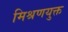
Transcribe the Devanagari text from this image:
मिश्रणयुक्त